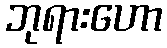
ဘုရားဟော